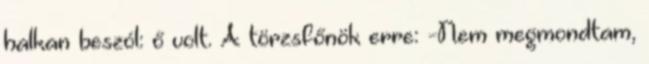
halkan beszól: ő volt. A törzsfőnök erre: -Nem megmondtam,